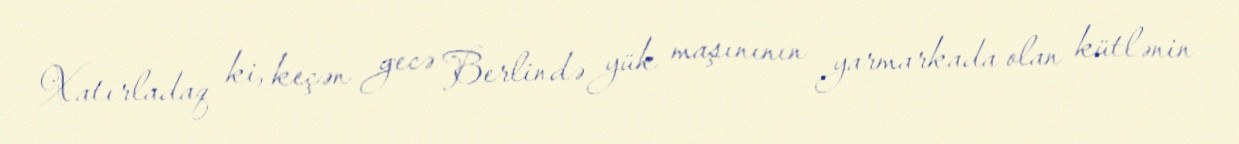
Xatırladaq ki, keçən gecə Berlində yük maşınının yarmarkada olan kütlənin